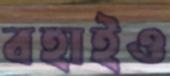
বহাইও